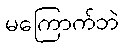
မကြောက်ဘဲ